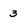
Character: 3